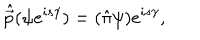
{ \hat { \vec { p } } } ( \psi e ^ { i s \gamma } ) = ( { \hat { \pi } } \psi ) e ^ { i s \gamma } ,